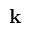
\mathbf { k }